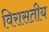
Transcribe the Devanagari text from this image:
विरासतीय